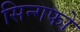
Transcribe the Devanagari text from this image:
सिन्गफो